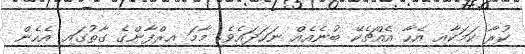
ކުރާ ކަމަކާއި އެހާ އެއްޗެކޭ ބުނެއެއް ނަހަދައެވެ. މާމަ އިރްފާންގެ ގާތުގައި އެހެން